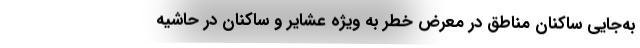
به‌جایی ساکنان مناطق در معرض خطر به ویژه عشایر و ساکنان در حاشیه